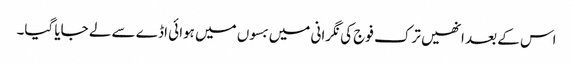
اس کے بعد انھیں ترک فوج کی نگرانی میں بسوں میں ہوائی اڈے سے لے جایا گیا۔